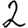
Digit: 2